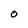
Character: O